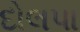
દોલપા